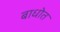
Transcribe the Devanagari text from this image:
बाधोत